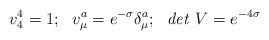
LaTeX: \begin{align*}v^4_4=1;~~v^a_\mu=e^{-\sigma}\delta^a_\mu;~~{\it det}~V=e^{-4\sigma}\end{align*}